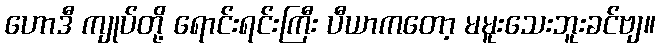
ဟောဒီ ကျုပ်တို့ ရောင်းရင်းကြီး ပီယာကတော့ မမူးသေးဘူးခင်ဗျ။